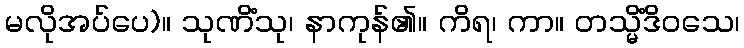
မလိုအပ်ပေ)။ သုဏိံသု၊ နာကုန်၏။ ကိရ၊ ကာ။ တသ္မိံဒိဝသေ၊